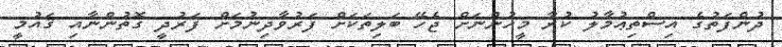
ދުންފަތުގެ އިސްތިޢުމާލު ކުރާ މީހުންނަށް ޖެހޭ ބަލިތަކަށް ފަރުވާދިނުމަށް ފަރުދީ ގޮތުންނާއި ޤައުމީ